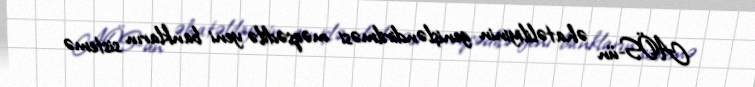
AÖS-ün əhatəliliyinin genişləndirilməsi məqsədilə yeni bankların sistemə